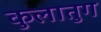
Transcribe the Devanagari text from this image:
कुलातुग